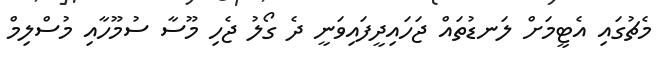
މެޗުގައި އެޓީމަށް ލަނޑުތައް ޖަހައިދީފައިވަނީ ދެ ގޯލު ޖެހި މޫސާ ސުމޫހާއި މުސްލިމް